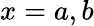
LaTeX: x=a,b